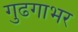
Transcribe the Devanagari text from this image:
गुढगाभर